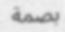
بصمة